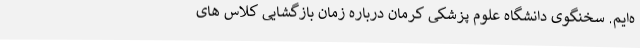
ه‌ایم. سخنگوی دانشگاه علوم پزشکی کرمان درباره زمان بازگشایی کلاس های